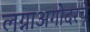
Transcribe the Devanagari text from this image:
लग्नाअगोदरचे